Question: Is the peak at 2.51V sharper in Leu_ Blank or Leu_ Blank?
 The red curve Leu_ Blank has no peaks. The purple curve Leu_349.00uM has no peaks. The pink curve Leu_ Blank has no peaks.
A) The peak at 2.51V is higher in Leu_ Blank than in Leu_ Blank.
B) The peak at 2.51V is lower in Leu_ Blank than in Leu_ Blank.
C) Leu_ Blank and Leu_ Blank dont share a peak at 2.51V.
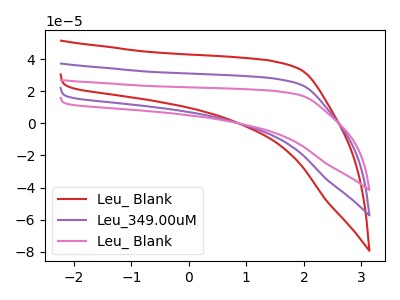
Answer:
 <answer>C) "Leu_ Blank" and "Leu_ Blank" dont share a peak at 2.51V.</answer>
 <eval>C</eval>